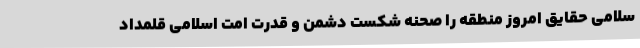
سلامی حقایق امروز منطقه را صحنه شکست دشمن و قدرت امت اسلامی قلمداد